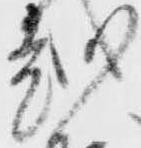
越